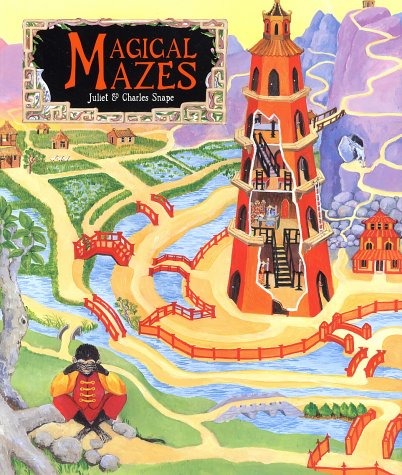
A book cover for Magical Mazes; Juliet Snape; Teen & Young Adult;